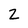
Character: 2